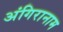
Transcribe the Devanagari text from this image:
अंगिरानाम